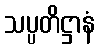
သပ္ပတိဋ္ဌာနံ